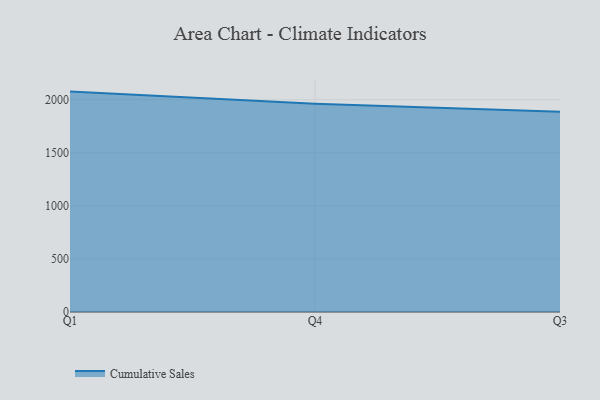
{"axis": {"x": "Quarter", "y": "Page Views"}, "legend": ["Cumulative Sales"], "data": [{"x": "Q1", "y": 2076.2, "type": "Cumulative Sales"}, {"x": "Q4", "y": 1962.0, "type": "Cumulative Sales"}, {"x": "Q3", "y": 1886.8, "type": "Cumulative Sales"}]}